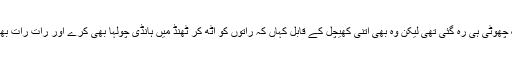
یہ گھر جو کبھی بھرا پرا تھا اب یہاں ماں کے علاوہ فقط ایک چھوٹی ہی رہ گئی تھی لیکن وہ بھی اتنی کھیچل کے قابل کہاں کہ راتوں کو اٹھ کر ٹھنڈ میں ہانڈی چولہا بھی کرے اور رات رات بھر ماں کے کمرے میں گیس ہیٹر کی نگرانی بھی کرتی رہے۔